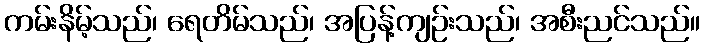
ကမ်းနိမ့်သည်၊ ရေတိမ်သည်၊ အပြန့်ကျဉ်းသည်၊ အစီးညင်သည်။